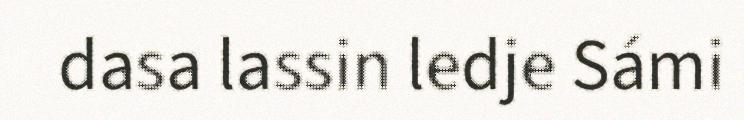
dasa lassin ledje Sámi